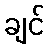
ချင်